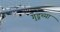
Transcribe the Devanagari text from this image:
गुडूच्या